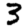
Digit: 3